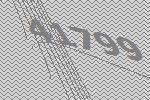
41799